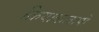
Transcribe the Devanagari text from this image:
क्रियाकलापोँ